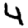
Digit: 4